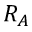
R _ { A }